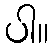
ပါ။